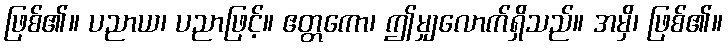
ဖြစ်၏။ ပညာယ၊ ပညာဖြင့်။ ဧတ္တကော၊ ဤမျှလောက်ရှိသည်။ အမှိ၊ ဖြစ်၏။